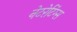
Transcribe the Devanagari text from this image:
नेटरेटिंग्स